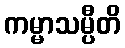
ကမ္မာသမ္ပီတိ